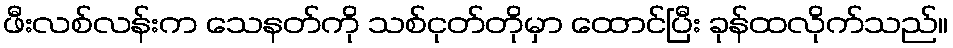
ဖီးလစ်လန်းက သေနတ်ကို သစ်ငုတ်တိုမှာ ထောင်ပြီး ခုန်ထလိုက်သည်။